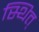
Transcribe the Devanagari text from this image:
स्थित्